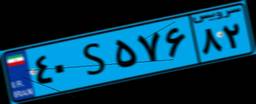
۴۰S۵۷۶۸۲